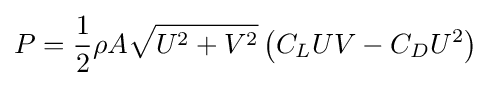
P={\frac {1}{2}}\rho A{\sqrt {U^{2}+V^{2}}}\left(C_{L}UV-C_{D}U^{2}\right)